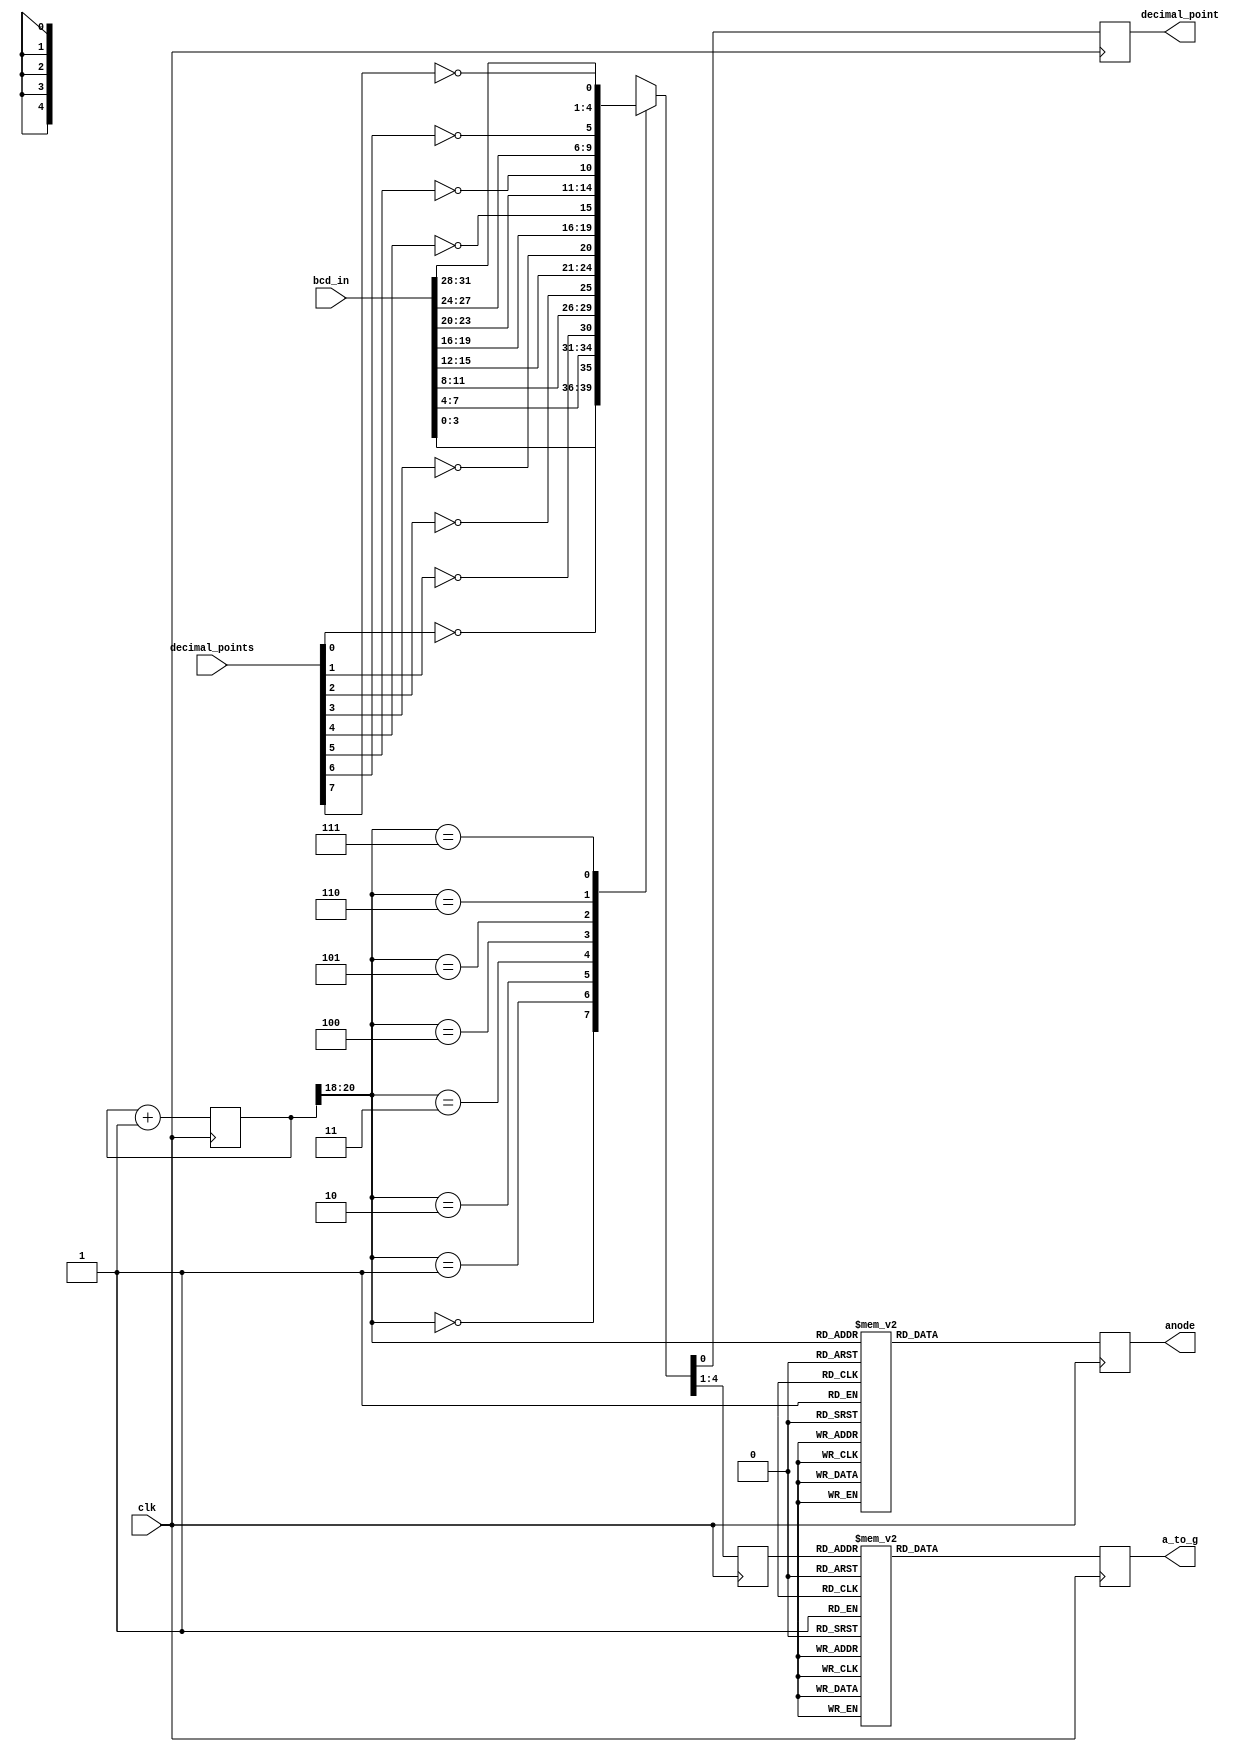
module seven_segment_leds_x_8(
    input [31:0] bcd_in,
    input [7:0] decimal_points,
    input clk,
    output  reg [6:0] a_to_g,
    output reg decimal_point,
    output reg [7:0] anode 
    );

wire [2:0] counter;
reg [3:0] digit;
reg [20:0] clkdiv;	
	 

assign counter = clkdiv[20:18];   //count every 2.6 ms  (with 100 MHz clock)

//4 to 1 MUX
always @(posedge clk)
    case(counter)
	0: {digit, decimal_point} = {bcd_in[3:0], ~decimal_points[0]};
	1: {digit, decimal_point} = {bcd_in[7:4], ~decimal_points[1]};
	2: {digit, decimal_point} = {bcd_in[11:8], ~decimal_points[2]};
	3: {digit, decimal_point} = {bcd_in[15:12], ~decimal_points[3]};
	4: {digit, decimal_point} = {bcd_in[19:16], ~decimal_points[4]};
    	5: {digit, decimal_point} = {bcd_in[23:20], ~decimal_points[5]};
    	6: {digit, decimal_point} = {bcd_in[27:24], ~decimal_points[6]};
    	7: {digit, decimal_point} = {bcd_in[31:28], ~decimal_points[7]};
     endcase

//7-segment decoder 
always @(posedge clk)
     case(digit)
    	0: a_to_g = 8'b1000000;  //8'b0000001;
    	1: a_to_g = 8'b1111001;  //8'b1001111;
	2: a_to_g = 8'b0100100;  //8'b0010010;
	3: a_to_g = 8'b0110000;  //8'b0000110;
	4: a_to_g = 8'b0011001;  //8'b1001100;
	5: a_to_g = 8'b0010010;  //8'b0100100;
	6: a_to_g = 8'b0000010;  //8'b0100000;
	7: a_to_g = 8'b1111000;  //8'b0001111;
	8: a_to_g = 8'b0000000;  //8'b0000000;
	9: a_to_g = 8'b0010000;  //8'b0000100;
	default: a_to_g = 8'b11111111;  //default to blank
    endcase
	  
//digit selector
always @(posedge clk)
    case(counter)
        0: anode = 8'b11111110;
	1: anode = 8'b11111101;
	2: anode = 8'b11111011;
	3: anode = 8'b11110111;
	4: anode = 8'b11101111;
        5: anode = 8'b11011111;
        6: anode = 8'b10111111;
        7: anode = 8'b01111111;
	default: anode = 8'b11111111;  //all blank
     endcase
     
//clock divider 
always  @ (posedge clk)
   begin
	clkdiv <= clkdiv + 21'b1;
    end 
	  
endmodule